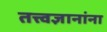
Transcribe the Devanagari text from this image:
तत्त्वज्ञानांना